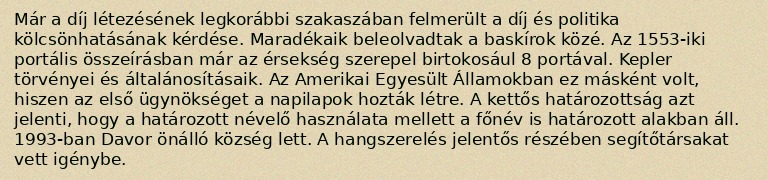
Már a díj létezésének legkorábbi szakaszában felmerült a díj és politika kölcsönhatásának kérdése. Maradékaik beleolvadtak a baskírok közé. Az 1553-iki portális összeírásban már az érsekség szerepel birtokosául 8 portával. Kepler törvényei és általánosításaik. Az Amerikai Egyesült Államokban ez másként volt, hiszen az első ügynökséget a napilapok hozták létre. A kettős határozottság azt jelenti, hogy a határozott névelő használata mellett a főnév is határozott alakban áll. 1993-ban Davor önálló község lett. A hangszerelés jelentős részében segítőtársakat vett igénybe.